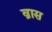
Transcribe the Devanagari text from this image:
व्रास